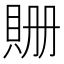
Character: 𧵡